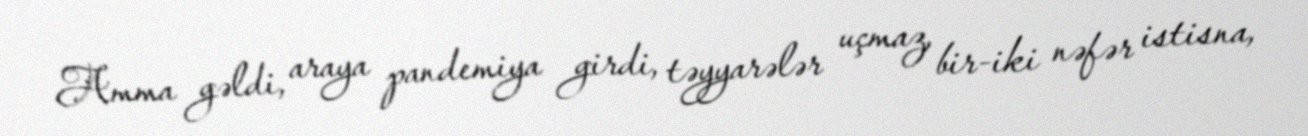
Amma gəldi, araya pandemiya girdi, təyyarələr uçmaz, bir-iki nəfər istisna,